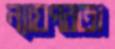
ন্যায়পরতা